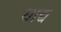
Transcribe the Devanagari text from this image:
थाद्य